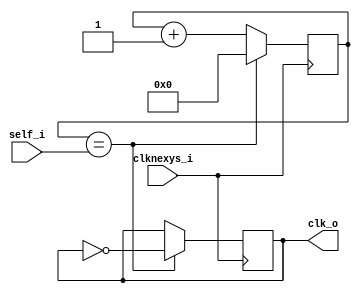
`timescale 1ns / 1ps
//////////////////////////////////////////////////////////////////////////////////
// Company: 
// 
// Design Name: 
// Module Name:    DivisorF 
// Project Name: 
// Target Devices: 
// Tool versions: 
// Description: 
//
// Dependencies: 
//
// Revision: 
// Revision 0.01 - File Created
// Additional Comments: 
//
//////////////////////////////////////////////////////////////////////////////////
module DivisorF(clknexys_i,self_i,clk_o );
input clknexys_i;
input [7:0]self_i;
output reg clk_o=0;
reg[7:0] cont = 8'b0;  
 

		
always @(posedge clknexys_i)
		begin
			
				if(cont==self_i) 
					begin
		
						cont = 0;
						clk_o=~clk_o;
					end
				else
		cont=cont+1'b1; 
		
		end
			
			
		
endmodule